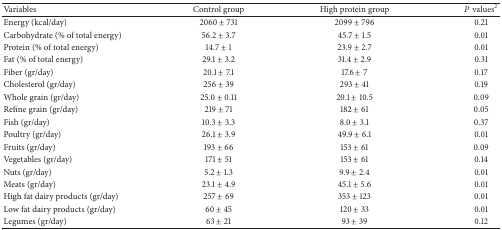
| Variables | Control group | High protein group | P values2 |
 | --- | --- | --- | --- |
 | Energy (kcal/day) | 2060 ± 731 | 2099 ± 796 | 0.21 |
 | Carbohydrate (% of total energy) | 56.2 ± 3.7 | 45.7 ± 1.5 | 0.01 |
 | Protein (% of total energy) | 14.7 ± 1 | 23.9 ± 2.7 | 0.01 |
 | Fat (% of total energy) | 29.1 ± 3.2 | 31.4 ± 2.9 | 0.31 |
 | Fiber (gr/day) | 20.1 ± 7.1 | 17.6 ± 7 | 0.17 |
 | Cholesterol (gr/day) | 256 ± 39 | 293 ± 41 | 0.19 |
 | Whole grain (gr/day) | 25.0 ± 0.11 | 20.1 ± 10.5 | 0.09 |
 | Refine grain (gr/day) | 219 ± 71 | 182 ± 61 | 0.05 |
 | Fish (gr/day) | 10.3 ± 3.3 | 8.0 ± 3.1 | 0.37 |
 | Poultry (gr/day) | 26.1 ± 3.9 | 49.9 ± 6.1 | 0.01 |
 | Fruits (gr/day) | 193 ± 66 | 153 ± 61 | 0.09 |
 | Vegetables (gr/day) | 171 ± 51 | 153 ± 61 | 0.14 |
 | Nuts (gr/day) | 5.2 ± 1.3 | 9.9 ± 2.4 | 0.01 |
 | Meats (gr/day) | 23.1 ± 4.9 | 45.1 ± 5.6 | 0.01 |
 | High fat dairy products (gr/day) | 257 ± 69 | 353 ± 123 | 0.01 |
 | Low fat dairy products (gr/day) | 60 ± 45 | 120 ± 33 | 0.01 |
 | Legumes (gr/day) | 63 ± 21 | 93 ± 39 | 0.12 |